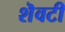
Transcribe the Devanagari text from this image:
शॆवटी